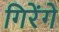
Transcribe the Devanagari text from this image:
गिरेंगे